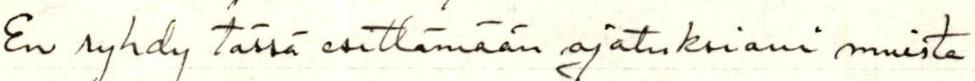
En ryhdy tässä esittämään ajatuksiani muista